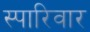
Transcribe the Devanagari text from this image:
स्पारिवार